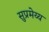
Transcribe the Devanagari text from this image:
सुप्रमेय्य